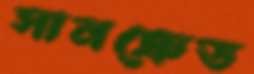
সানক্রেড